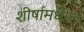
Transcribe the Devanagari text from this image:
शीर्षामधील